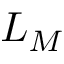
L _ { M }